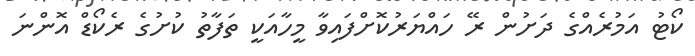
ކޯޓު އަމުރެއްގެ ދަށުން ރޭ ހައްޔަރުކޮށްފައިވާ މީހާއަކީ ތަފާތު ކުށުގެ ރެކޯޑް އޮންނަ